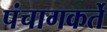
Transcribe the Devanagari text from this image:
पंचागकर्ते